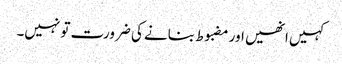
کہیں انھیں اور مضبوط بنانے کی ضرورت تو نہیں۔